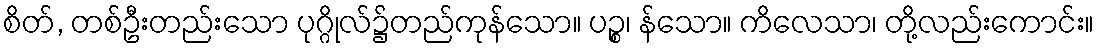
စိတ်, တစ်ဦးတည်းသော ပုဂ္ဂိုလ်၌တည်ကုန်သော။ ပဉ္စ၊ န်သော။ ကိလေသာ၊ တို့လည်းကောင်း။